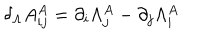
LaTeX: \delta _ { \Lambda } A _ { i j } ^ { A } = \partial _ { i } \Lambda _ { j } ^ { A } - \partial _ { j } \Lambda _ { i } ^ { A }